Trukikaitis_Postimees, lk 183
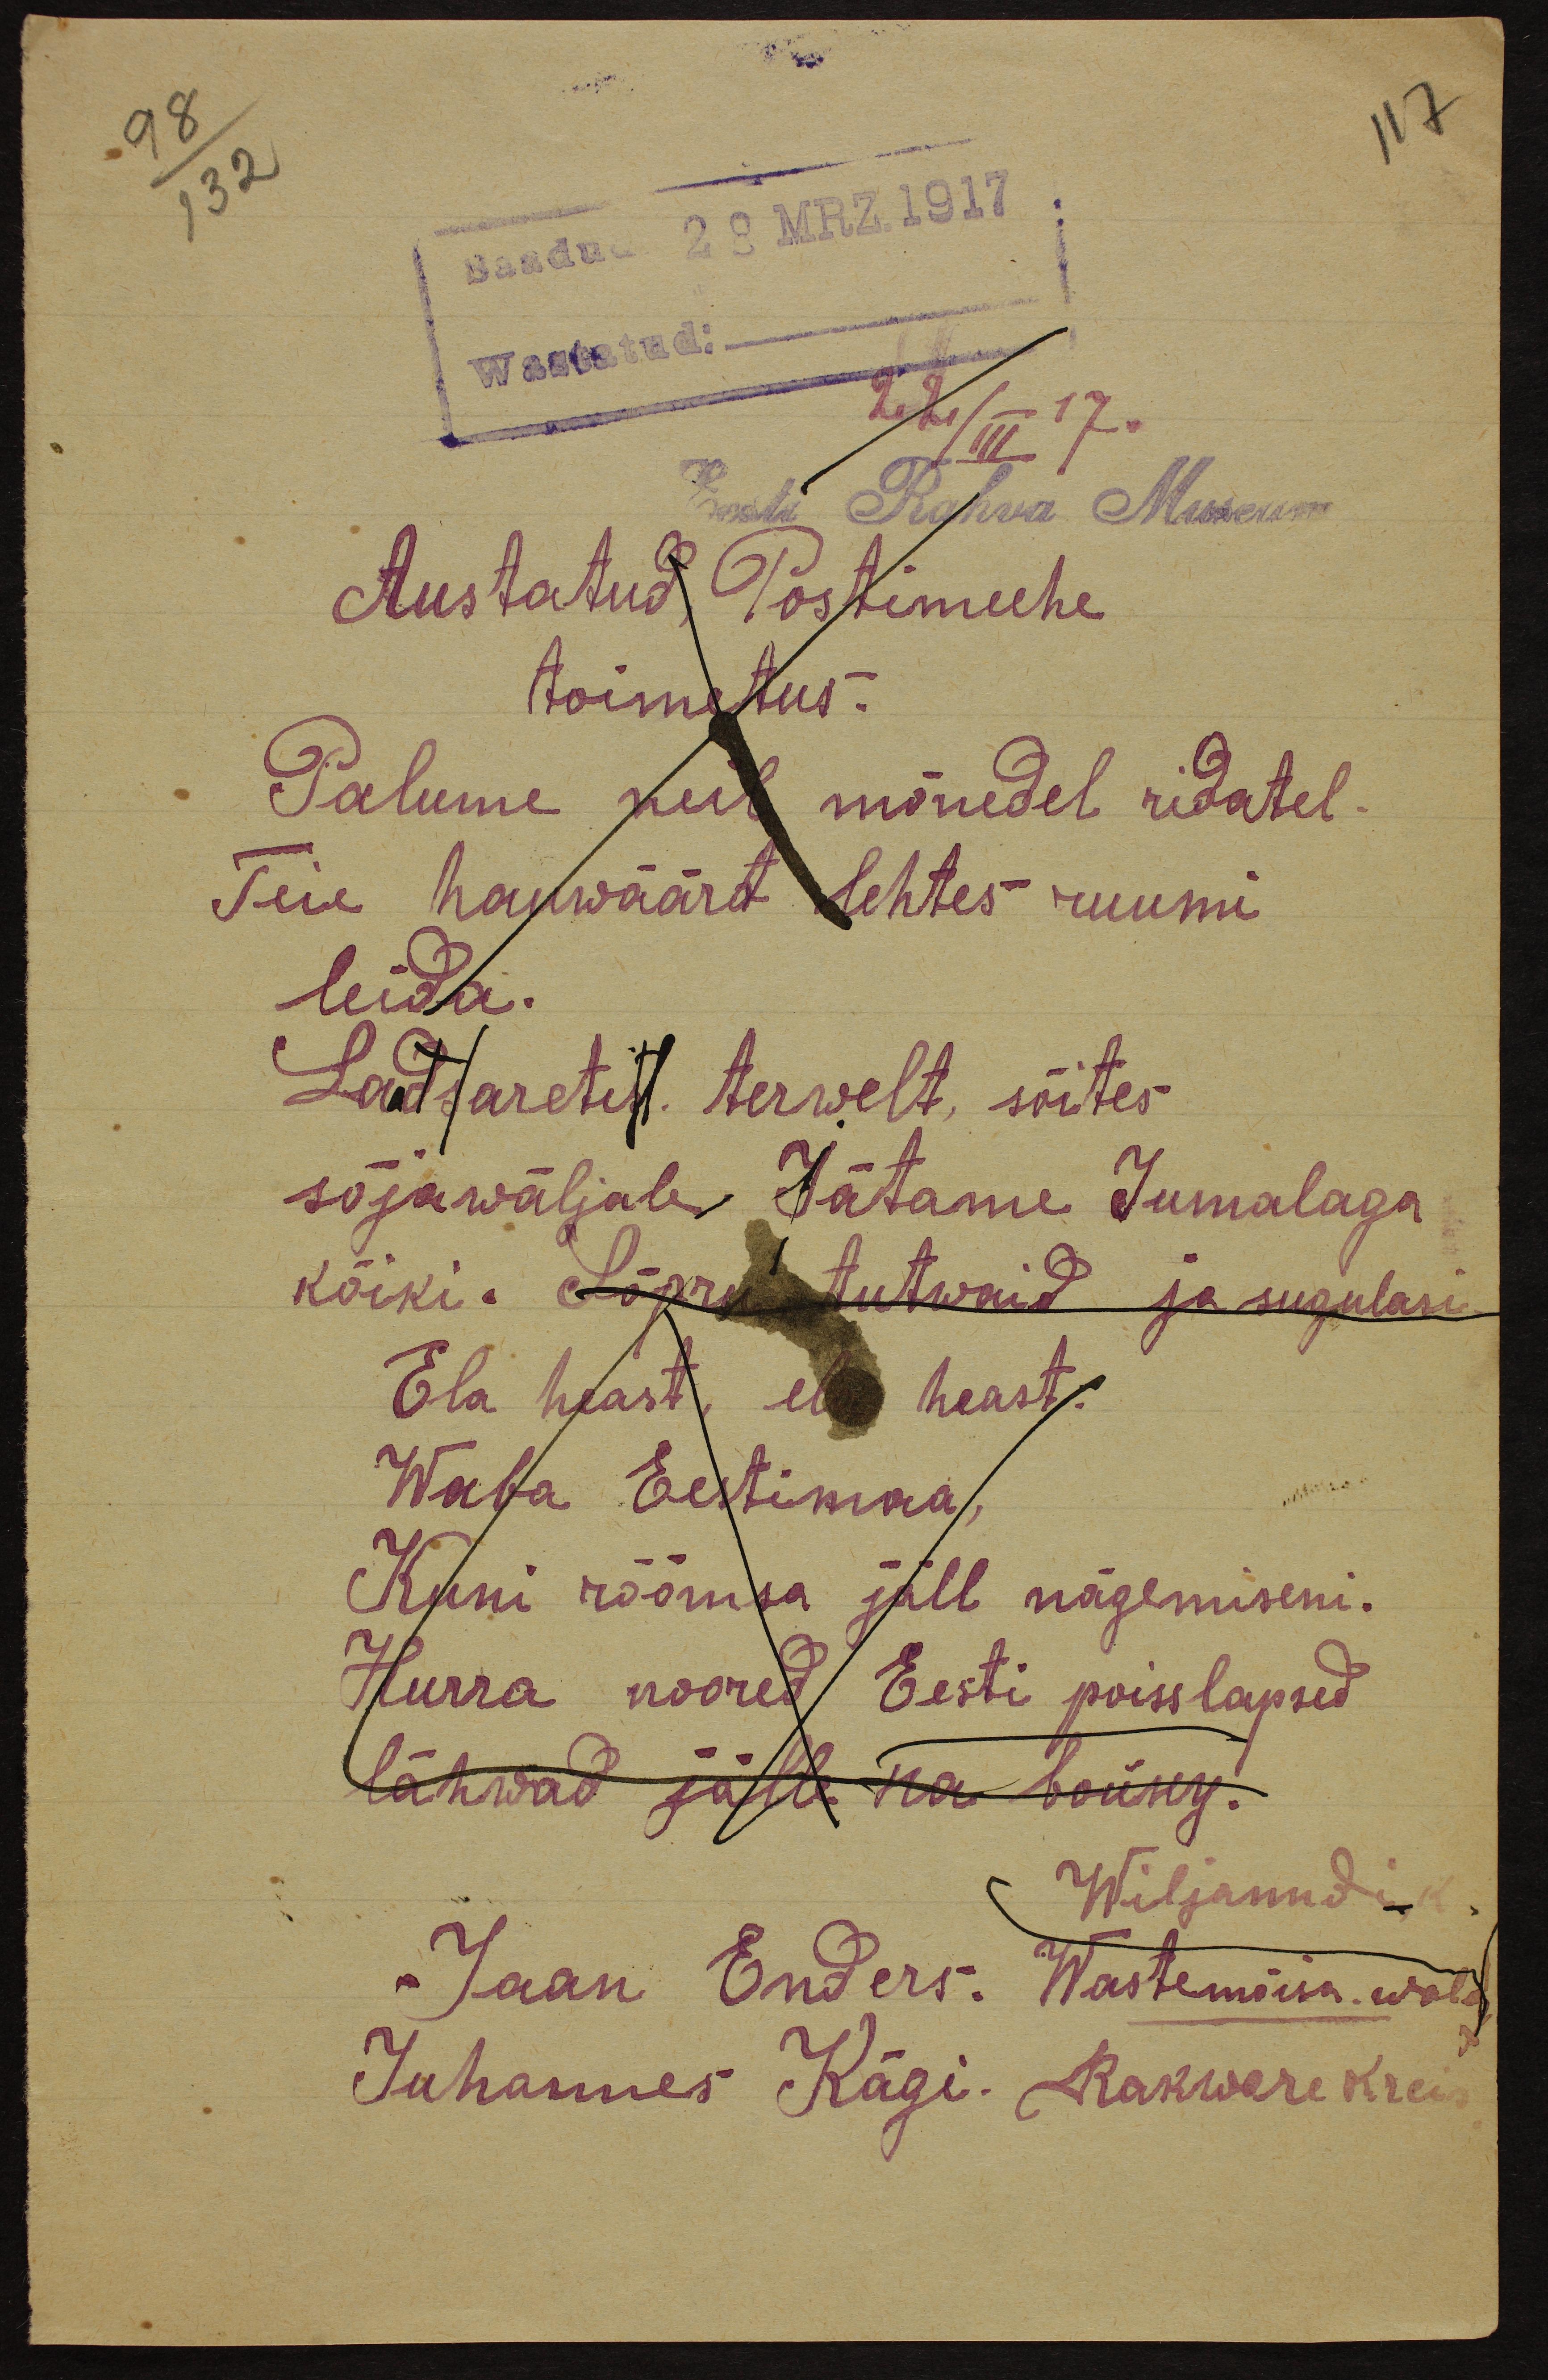
117
98
132
Saadud 28 MRZ. 1917
Wastatud:
22/III 17.
Eesti Rahva Museum
Austatud Postimehe
toimetus.
Palume neil mõnedel ridatel-
Teie hauwäärt lehtes ruumi
leida.
Ladsaretist. terwelt, sõites
sõjawäljale, Jätame Jumalaga
kõiki. Sõpru tutwaid ja sugulasi
Ela heast, ela heast.
Waba Eestimaa,
Kuni rõõmsa jäll nägemiseni.
Herra noored Eesti poisslapsed
lähwad jälle na bõudy.
Wiljanndi
Jaan Enders: Wastemõisa wald
Juhannes Kägi. Rakwere kreis